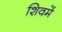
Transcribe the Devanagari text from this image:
शिवमें